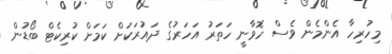
މިހުރިހާ އެންމެން ވެސް ހޮވާނީ ހަތަރު އަހަރުގެ ދައުރަކަށް ކަމަށް ކުރިކެޓް ބޯޑުން